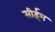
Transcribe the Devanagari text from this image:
सीईम